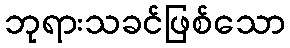
ဘုရားသခင်ဖြစ်သော